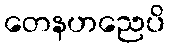
တေနဟညေပိ